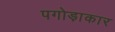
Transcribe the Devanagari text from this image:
पगोड़ाकार